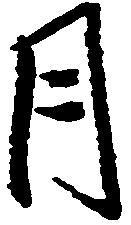
月